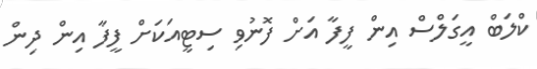
ކްލަބް އީގަލްސް އިން ފީފާ އަށް ފޮނުވި ސިޓީއަކަށް ފީފާ އިން ދިން